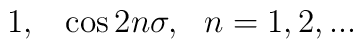
1,~~\cos2n\sigma , ~~n=1,2,...